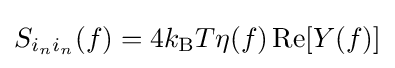
S_{i_{n}i_{n}}(f)=4k_{\text{B}}T\eta (f)\operatorname {Re} [Y(f)]